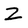
Character: Z